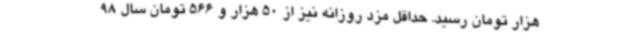
هزار تومان رسید. حداقل مزد روزانه نیز از 50 هزار و 566 تومان سال 98